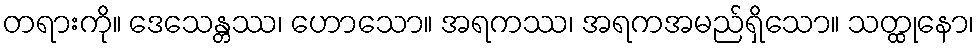
တရားကို။ ဒေသေန္တဿ၊ ဟောသော။ အရကဿ၊ အရကအမည်ရှိသော။ သတ္ထုနော၊